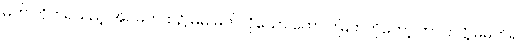
မက် လိုက်ရသည့် အိပ်မက်ထဲ၌ မိမိ မက်လိုသော ကောင်းမြတ်ကိုတော့ ဘာပြုလို့ မမက်ရ